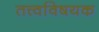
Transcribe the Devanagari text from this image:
तत्त्वविषयक